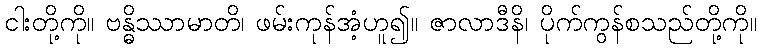
ငါးတို့ကို။ ဗန္ဓိဿာမာတိ၊ ဖမ်းကုန်အံ့ဟူ၍။ ဇာလာဒီနိ၊ ပိုက်ကွန်စသည်တို့ကို။